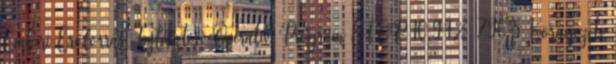
Emberi Erőforrás Fejlesztési Operatív Program EFOP 10,94% 796,8 Környezeti